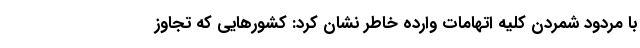
با مردود شمردن کلیه اتهامات وارده خاطر نشان کرد: کشورهایی که تجاوز